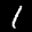
Label: 1